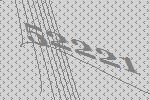
52221